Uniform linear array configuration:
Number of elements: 48
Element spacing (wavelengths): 0.25
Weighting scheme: blackman
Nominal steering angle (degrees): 60
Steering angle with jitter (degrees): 60.331
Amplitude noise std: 0.05
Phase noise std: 0.05

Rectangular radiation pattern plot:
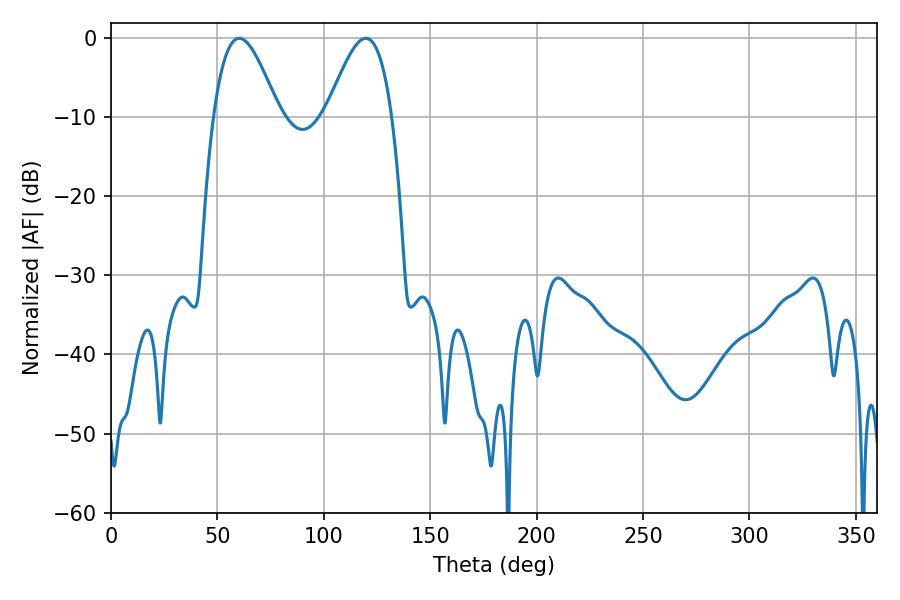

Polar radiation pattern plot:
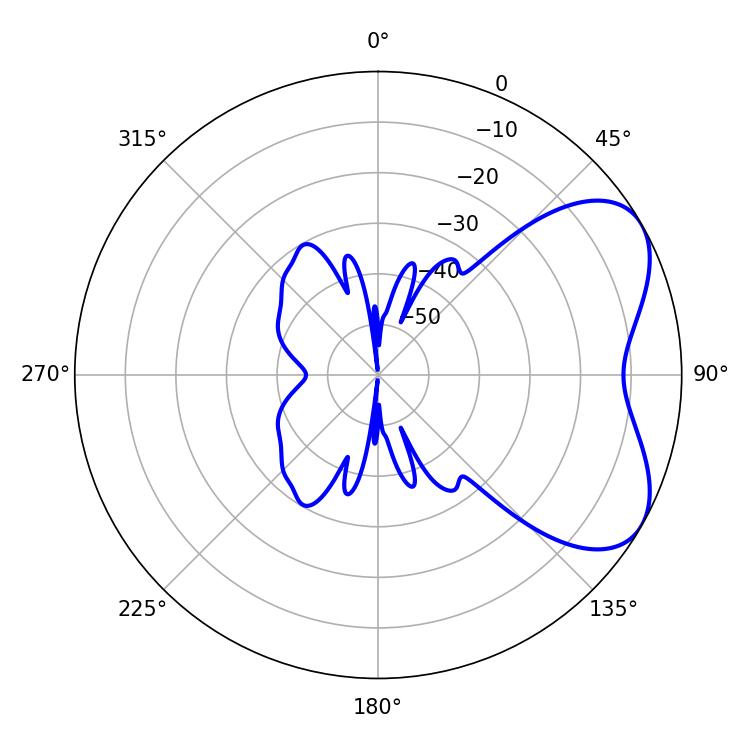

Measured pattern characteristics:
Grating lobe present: FALSE
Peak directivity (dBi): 5.413
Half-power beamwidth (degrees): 16.56
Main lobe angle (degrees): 60.3